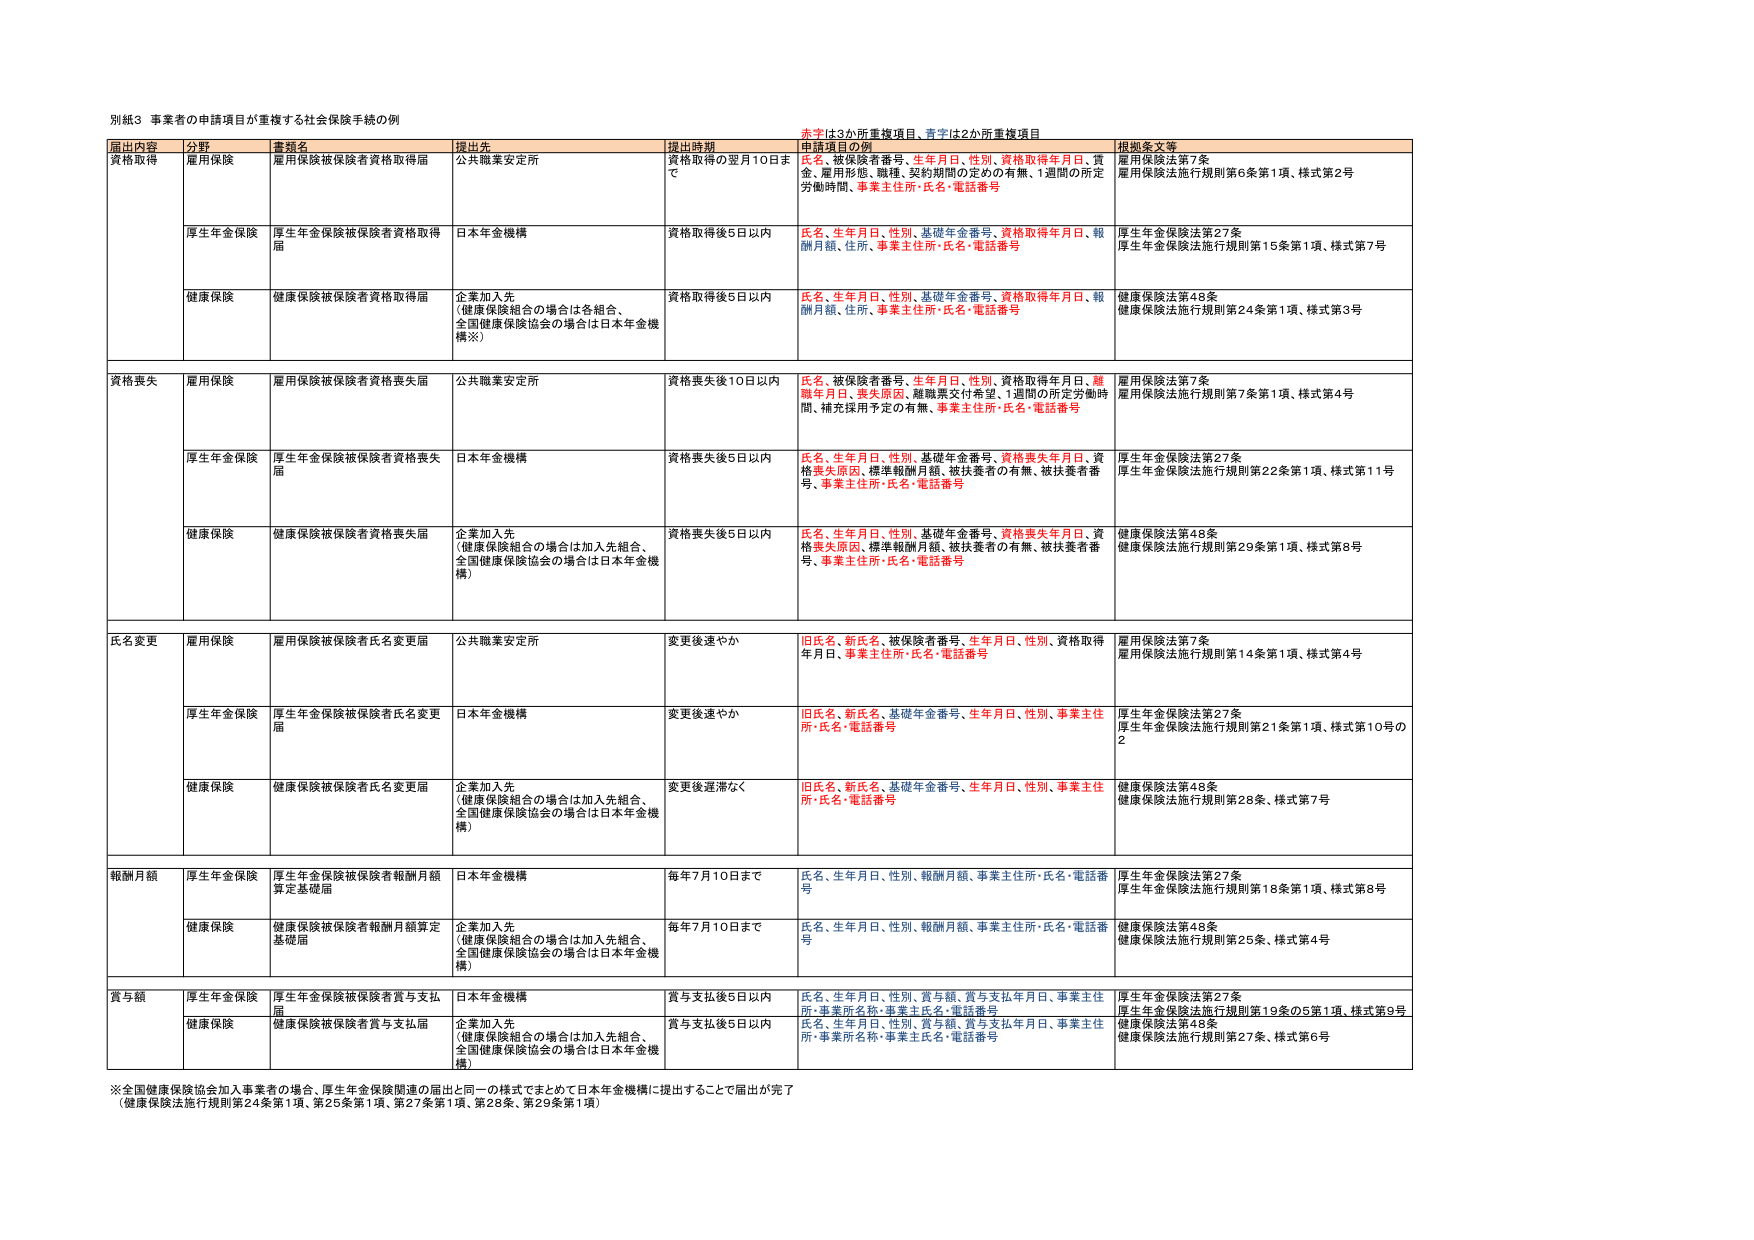
別紙3 事業者の申請項目が重複する社会保険手続の例

赤字は3か所重複項目、青字は2か所重複項目

届出内容 分野 書類名 提出先 提出時期 申請項目の例 根拠条文等

資格取得 雇用保険 雇用保険被保険者資格取得届 公共職業安定所 資格取得の翌月10日まで 氏名、被保険者番号、生年月日、性別、資格取得年月日、賃金、雇用形態、職種、契約期間の定めの有無、1週間の所定労働時間、事業主住所・氏名・電話番号 雇用保険法第7条 雇用保険法施行規則第6条第1項、様式第2号

厚生年金保険 厚生年金保険被保険者資格取得届 日本年金機構 資格取得後5日以内 氏名、生年月日、性別、基礎年金番号、資格取得年月日、報酬月額、住所、事業主住所・氏名・電話番号 厚生年金保険法第27条 厚生年金保険法施行規則第15条第1項、様式第7号

健康保険 健康保険被保険者資格取得届 企業加入先 （健康保険組合の場合は各組合、 全国健康保険協会の場合は日本年金機構※） 資格取得後5日以内 氏名、生年月日、性別、基礎年金番号、資格取得年月日、報酬月額、住所、事業主住所・氏名・電話番号 健康保険法第48条 健康保険法施行規則第24条第1項、様式第3号

資格喪失 雇用保険 雇用保険被保険者資格喪失届 公共職業安定所 資格喪失後10日以内 氏名、被保険者番号、生年月日、性別、資格取得年月日、離職年月日、喪失原因、離職票交付希望、1週間の所定労働時間、補充採用予定の有無、事業主住所・氏名・電話番号 雇用保険法第7条 雇用保険法施行規則第7条第1項、様式第4号

厚生年金保険 厚生年金保険被保険者資格喪失届 日本年金機構 資格喪失後5日以内 氏名、生年月日、性別、基礎年金番号、資格喪失年月日、資格喪失原因、標準報酬月額、被扶養者の有無、被扶養者番号、事業主住所・氏名・電話番号 厚生年金保険法第27条 厚生年金保険法施行規則第22条第1項、様式第11号

健康保険 健康保険被保険者資格喪失届 企業加入先 （健康保険組合の場合は加入先組合、 全国健康保険協会の場合は日本年金機構） 資格喪失後5日以内 氏名、生年月日、性別、基礎年金番号、資格喪失年月日、資格喪失原因、標準報酬月額、被扶養者の有無、被扶養者番号、事業主住所・氏名・電話番号 健康保険法第48条 健康保険法施行規則第29条第1項、様式第8号

氏名変更 雇用保険 雇用保険被保険者氏名変更届 公共職業安定所 変更後速やか 旧氏名、新氏名、被保険者番号、生年月日、性別、資格取得年月日、事業主住所・氏名・電話番号 雇用保険法第7条 雇用保険法施行規則第14条第1項、様式第4号

厚生年金保険 厚生年金保険被保険者氏名変更届 日本年金機構 変更後速やか 旧氏名、新氏名、基礎年金番号、生年月日、性別、事業主住所・氏名・電話番号 厚生年金保険法第27条 厚生年金保険法施行規則第21条第1項、様式第10号の2

健康保険 健康保険被保険者氏名変更届 企業加入先 （健康保険組合の場合は加入先組合、 全国健康保険協会の場合は日本年金機構） 変更後遅滞なく 旧氏名、新氏名、基礎年金番号、生年月日、性別、事業主住所・氏名・電話番号 健康保険法第48条 健康保険法施行規則第28条、様式第7号

報酬月額 厚生年金保険 厚生年金保険被保険者報酬月額算定基礎届 日本年金機構 毎年7月10日まで 氏名、生年月日、性別、報酬月額、事業主住所・氏名・電話番号 厚生年金保険法第27条 厚生年金保険法施行規則第18条第1項、様式第8号

健康保険 健康保険被保険者報酬月額算定基礎届 企業加入先 （健康保険組合の場合は加入先組合、 全国健康保険協会の場合は日本年金機構） 毎年7月10日まで 氏名、生年月日、性別、報酬月額、事業主住所・氏名・電話番号 健康保険法第48条 健康保険法施行規則第25条、様式第4号

賞与額 厚生年金保険 厚生年金保険被保険者賞与支払届 日本年金機構 賞与支払後5日以内 氏名、生年月日、性別、賞与額、賞与支払年月日、事業主住所・事業所名称・事業主氏名・電話番号 厚生年金保険法第27条 厚生年金保険法施行規則第19条の5第1項、様式第9号

健康保険 健康保険被保険者賞与支払届 企業加入先 （健康保険組合の場合は加入先組合、 全国健康保険協会の場合は日本年金機構） 賞与支払後5日以内 氏名、生年月日、性別、賞与額、賞与支払年月日、事業主住所・事業所名称・事業主氏名・電話番号 健康保険法第48条 健康保険法施行規則第27条、様式第6号

※全国健康保険協会加入事業者の場合、厚生年金保険関連の届出と同一の様式でまとめて日本年金機構に提出することで届出が完了 （健康保険法施行規則第24条第1項、第25条第1項、第27条第1項、第28条、第29条第1項）